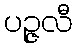
ပဉ္ဇလီ